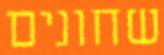
שחונים